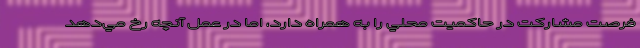
فرصت مشاركت در حاكميت محلي را به همراه دارد، اما در عمل آنچه رخ مي‌دهد